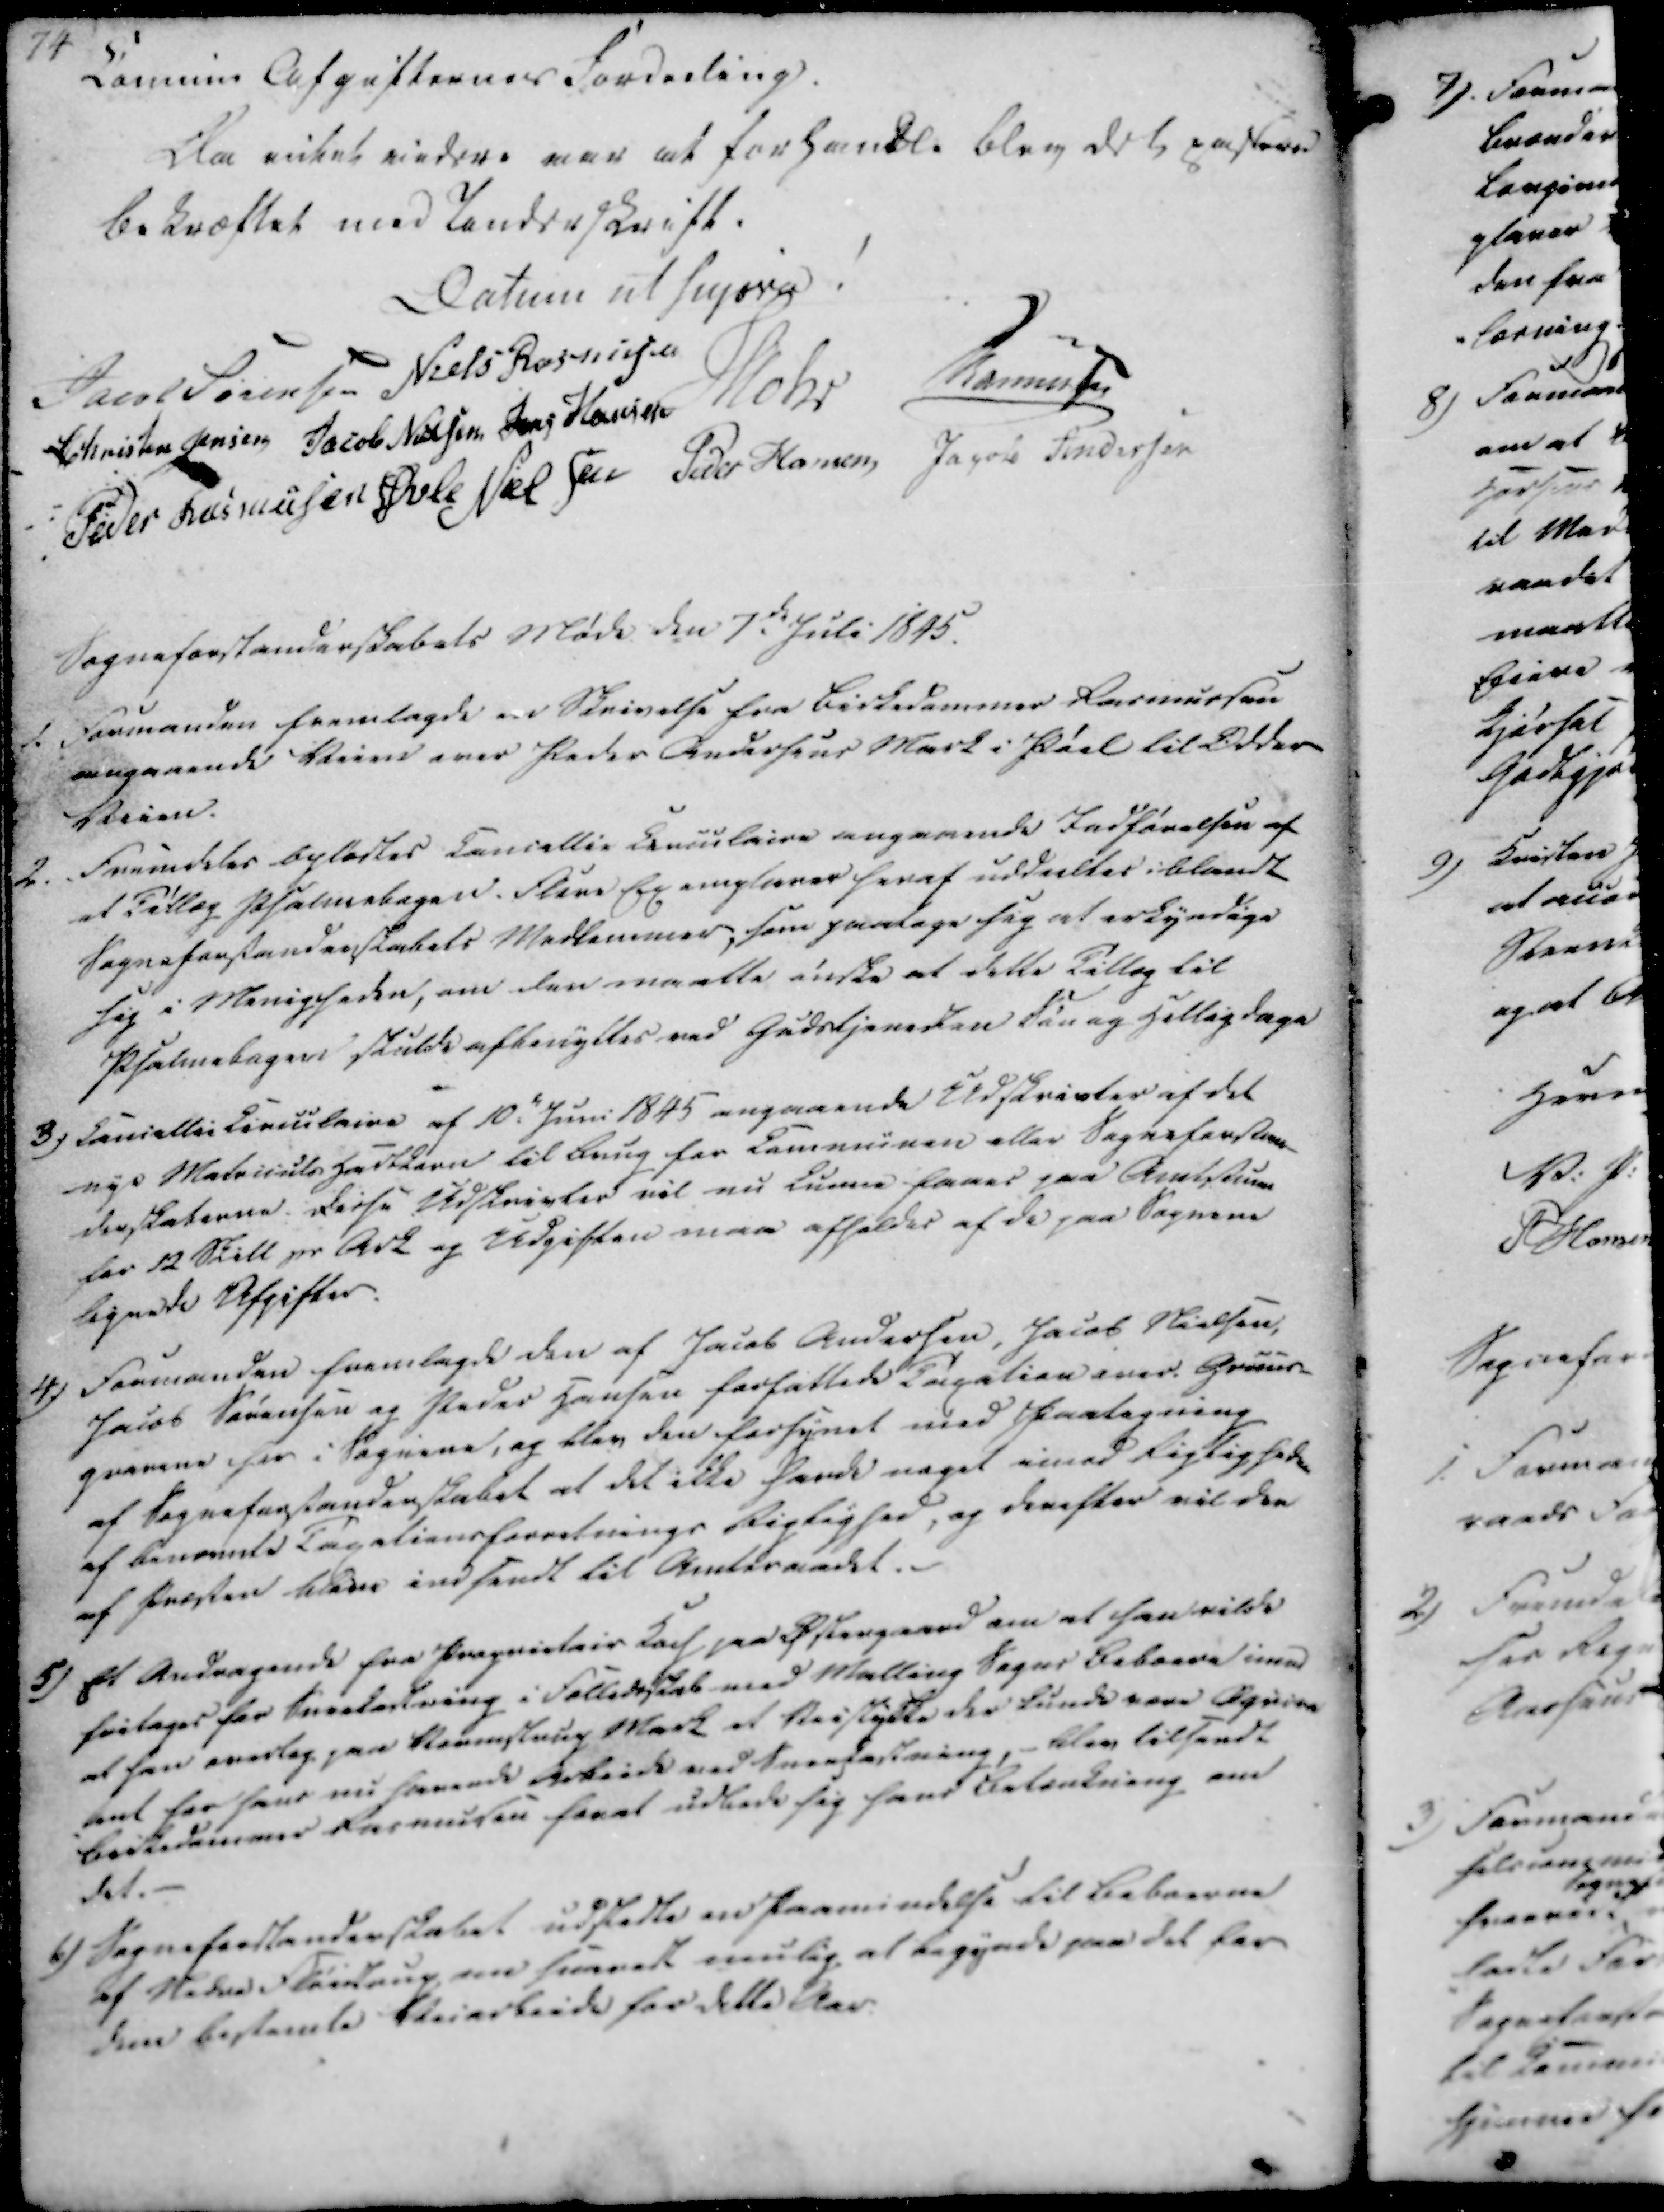
Transskription:
Laminie Afgifternes Fordeling.
Da intet viidere aar at forhandle blev det passeren
bekræftet med Underskrift.

Datum ut supra!

Jacob Sørensen
Niels Rasmussen
Christen Jensen
Jacob Nielsen
Jens Hansen
Mohr
Rasmussen
Peder Rasmussen
Øvle Nielsen
Peder Hansen
Jacob Andersen

Sogneforstanderskabets Møde den 7de Juli 1845.

1.

Formanden fremlagde en Skrivelse fra Birkedommer Rasmussen
angaaende Veien over Peder Andersens Mark i Pøel til Odder-
Veien.

2.

Fremdeles oplæstes Cancellie Ciculaire angaaende Indførelsen af
et Tillæg Psalmebogen. Flere Exemplarer heraf uddeeltes iblandt
Sogneforstanderskabets Medlemmer, som paatage sig at erkyndige
sig i Menigheden, om den maatte ønske at dette Tillæg til
Psalmebogen skulde afbenyttes ved Gudstjenesten Søn og Helligdage

3)

Cancellie Circulaire af 10de Juni 1845 angaaende Udskrivter af det
nye Matricels Hartkorn til Brug for Communen eller Sogneforstan-
derskaberne. Disse Udskrivter vil nu kunne faaes paa Amtstuen
for 12 Skill pr Ark og Udgiften maa afholdes af de paa Sognene
lignede Afgifter.

4)

Formanden fremlagde den af Jacob Andersen, Jacob Nielsen,
Jacob Sørensen og Peder Hansen forfattede Taxation over. Gruus-
gravene her i Sognene, og blev den forsynet med Paategning
af Sogneforstanderskabet at det ikke havde noget imod Rigtigheden
af benævnte Taxationsforretnings Rigtighed, og derefter vil den
af Præsten bavi indsendt til Amtsraadet.

5)

Et Andragende fra Proprietair Kaas paa Østergaard om at han vilde
fritages for Snekastning i Fælledskab med Malling Sogns Beboere imod
at han overtog paa Skermstrup Mark et Veistykke der kunde være Øgrien
lent for hans nu havende Arbeide med Snekastning, - blev tilsendt
Birkedommer Rasmusen forat udbede sig hans Betænkning om
det.

6)

Sogneforstanderskabet udstedte en Paamindelse til Beboerne
af Nedre Fløistrup om snarest mulig at begynde paa det for
dem bestemte Veiarbeide for dette Aar.